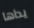
يداها